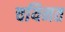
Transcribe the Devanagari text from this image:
चयिनत